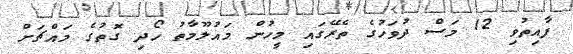
ފާއިތުވި 12 މަސް ދުވަހުގެ ތެރޭގައި މީހުން މައުލޫމާތު ހޯދި ގޮތުގެ މައްޗަށް